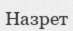
Назрет